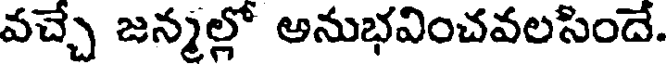
వచ్చే జన్మల్లో అనుభవించవలసిందే.